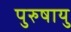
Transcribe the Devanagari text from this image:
पुरुषायु